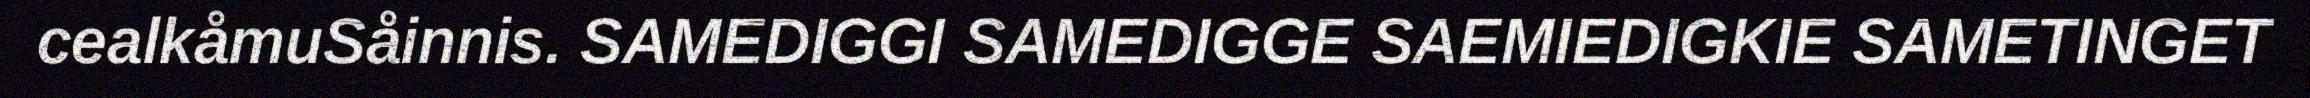
cealkåmuSåinnis. SAMEDIGGI SAMEDIGGE SAEMIEDIGKIE SAMETINGET